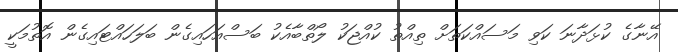
އޭނާގެ ކުޅަދާނަ ކަވި މަސައްކަތަށް ތިއްތު ކުއްޖަކު ލޯތްބާއެކު ބަސްއަހައިގެން ބަލަހައްޓައިގެން އޮތުމަކީ